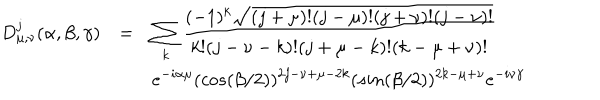
\begin{array} { r c l } { { D _ { \mu , \nu } ^ { j } ( \alpha , \beta , \gamma ) } } & { { = } } & { { \displaystyle \sum _ { k } \frac { ( - 1 ) ^ { k } \sqrt { ( j + \mu ) ! ( j - \mu ) ! ( j + \nu ) ! ( j - \nu ) ! } } { k ! ( j - \nu - k ) ! ( j + \mu - k ) ! ( k - \mu + \nu ) ! } \nonumber } } \\ { { } } & { { } } & { { \displaystyle e ^ { - i \alpha \mu } ( c o s ( \beta / 2 ) ) ^ { 2 j - \nu + \mu - 2 k } ( s i n ( \beta / 2 ) ) ^ { 2 k - \mu + \nu } e ^ { - i \nu \gamma } } } \\ \end{array}